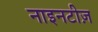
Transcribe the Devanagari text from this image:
नाइनटीज़